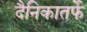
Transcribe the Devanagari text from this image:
दैनिकातर्फे